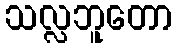
သလ္လဘူတော